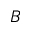
B